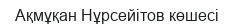
Ақмұқан Нұрсейітов көшесі